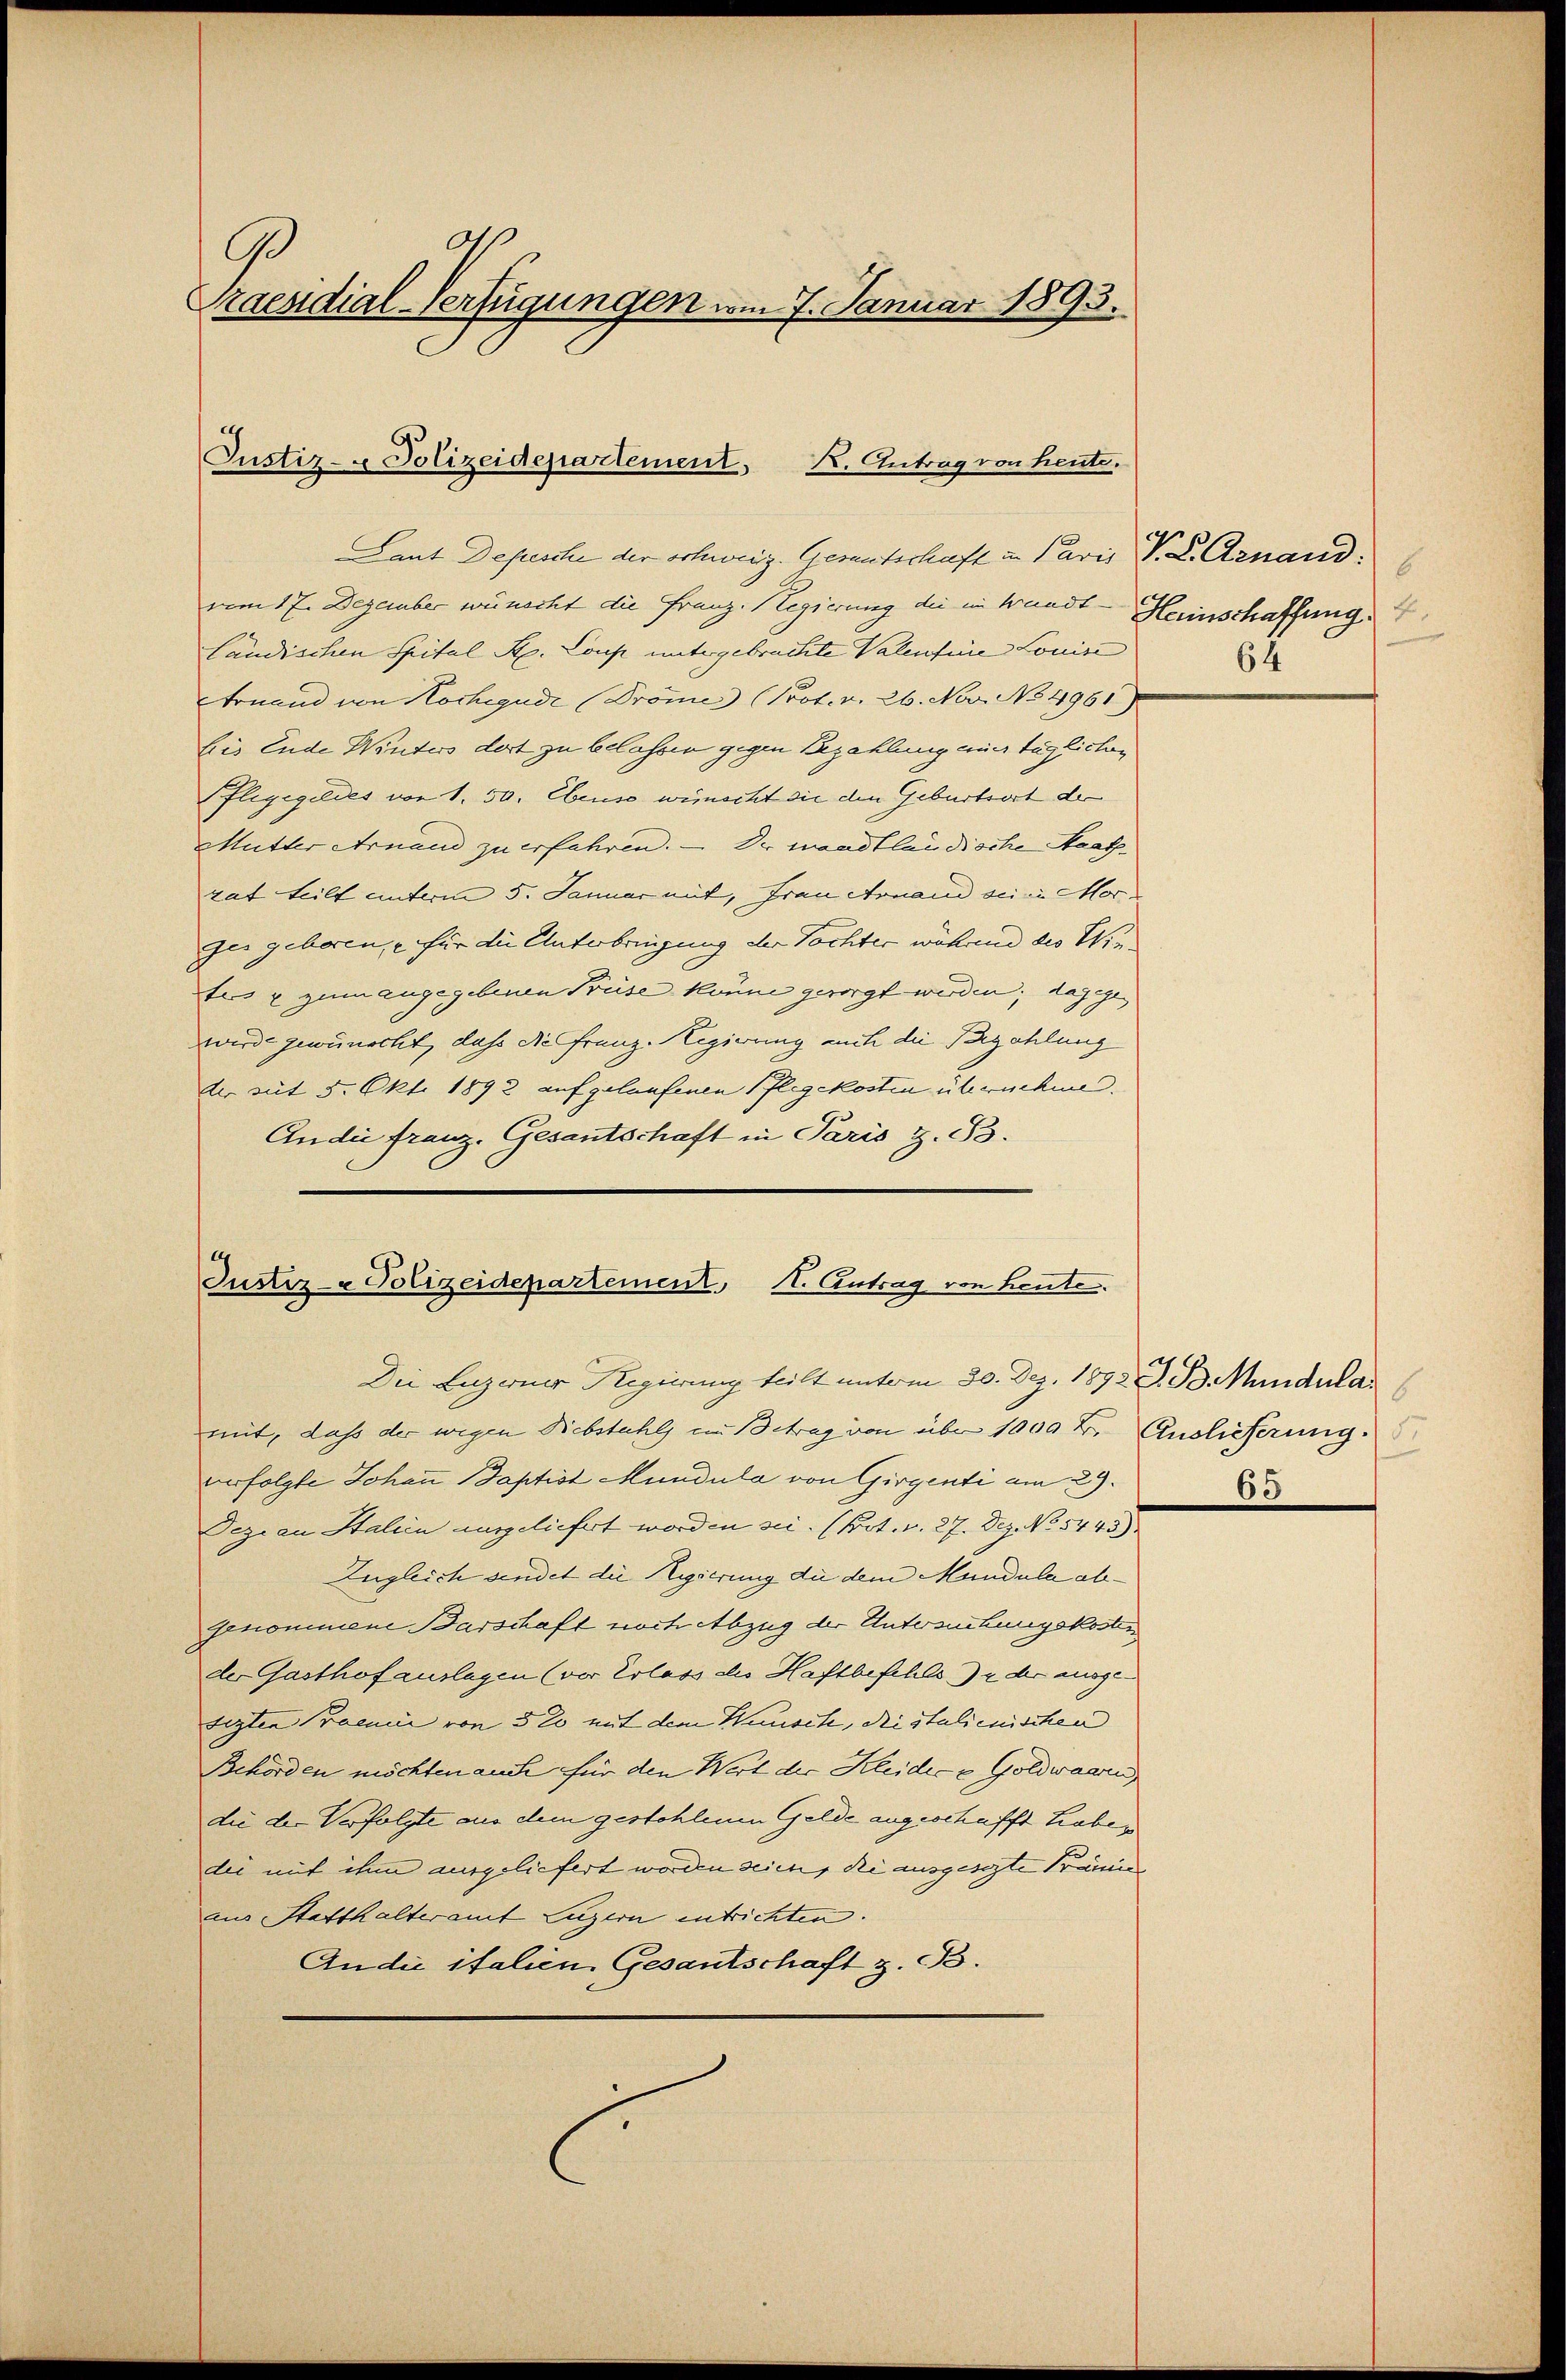
Praesidial-Verfügungen vom 7. Januar 1893.

Custiz- Polizeidepartement, K. Antrag von heute.

Laut Depesche der Schweiz. Gerentschaft in Paris V. C. Arnand
vom 17. Dezember wünscht die Franz. Regierung die im Wundtländischen Spital St. Loup untergebrachte Valentine Louise
Fonand von Kochegudi (Pröme (Prot. v. 26. Nov. No 4961)
bis Ende Winters dort zu belassen gegen Bezahlung auch täglichen
Pflegegeldes vor 1. 50. Ebenso wirscht sie den Geburtsort der
Mutter Arnau zu erfahren. — Du wandtländische Maatgat teilt unterm 5. Januar mit, Frau Arnand sein Morger geboren, für die Unterbringung der Tochter während die Wifers u zum angegebenen Prüse könne gesorgt werden; dagegen
wird gewünscht, daß die Franz-Regierung auch die Bezahlung
der mit 5. Okt. 1892 aufgelaufenen Pflegekosten übernehme.
Andie franz. Gesantschaft in Paris Z. 53.

Justiz- & Polizeidepartement. A. Antrag von Leute.
Die Luzerner Regierung teilt unterm 30. Dez. 1892 J. P. Mundulas

mit, daß der wegen Diebstahls in Betrag von über 1000 t Auslieferung.
verfolgte Johann Baptist Mundula von Girgenti am 29.
Degi an Stalien ausgeliefert worden sei. (Pot. v. 27. Dez. No 5443)
Zugleich sendet die Regierung die dem Mandula abgenommene Barschaft noch Abzug der Untersuchungskosten
der Gasthof auslagen (vor Erlass des Haftbefehls de der ausgetigten Praemie von 320 mit dem Wunsch, die stulienischen
Behörden möchten auch für den Wert der Kleidecz Goldwaaren
die der Verfolgte aus dem gestohlenen Gelde angeschafft habedie mit ihm ausgeliefert worden seien, die ausgesezte Prämie
aus Statthalteramt Luzern entrichten.
Andie italien Gesantschaft z. 3.

6
Herinschaffung 4.
64

65